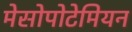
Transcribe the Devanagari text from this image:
मेसोपोटेमियन